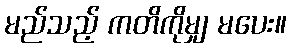
မည်သည့် ကတိကိုမျှ မပေး။